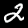
Digit: 2